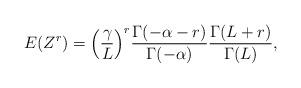
LaTeX: \begin{align*}E(Z^r) =\Big(\frac{\gamma}{L}\Big)^r\frac{\Gamma ( -\alpha-r )}{ \Gamma (-\alpha) }\frac{\Gamma (L+r )}{\Gamma (L)},\end{align*}